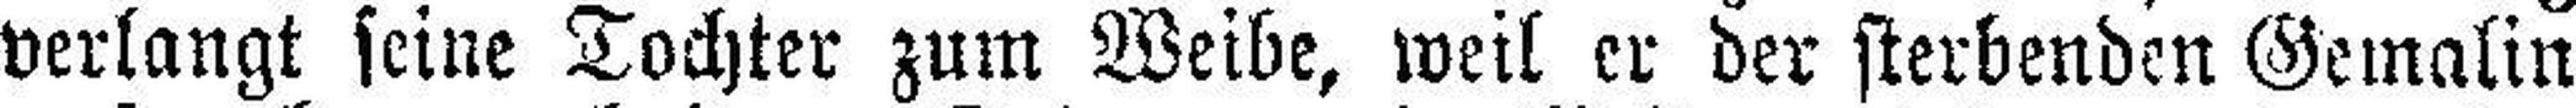
verlangt seine Tochter zum Weibe, weil er der sterbenden Gemalin